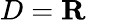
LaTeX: D=\mathbf{R}\quad